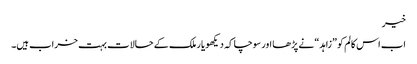
خیر
اب اس کالم کو ”زاہد“ نے پڑھا اور سوچا کہ دیکھو یار ملک کے حالات بہت خراب ہیں۔